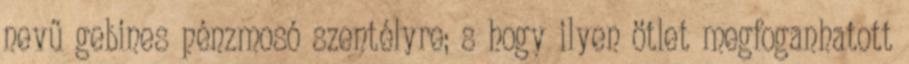
nevű gebines pénzmosó szentélyre; s hogy ilyen ötlet megfoganhatott